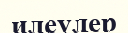
илеулер